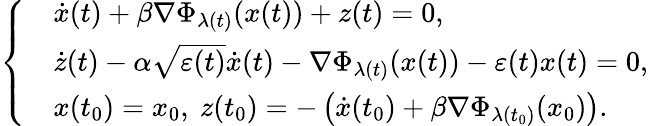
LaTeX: \left\{ \begin{array}{ll}&{\dot{x}(t)+\beta\nabla\Phi_{\lambda(t)}(x(t))+z(t)=0,}\\ &{\dot{z}(t)-\alpha\sqrt{\varepsilon(t)}\dot{x}(t)-\nabla\Phi_{\lambda(t)}(x(t))-\varepsilon(t)x(t)=0,}\\ &{x(t_{0})=x_{0},\ z(t_{0})=-\left(\dot{x}(t_{0})+\beta\nabla\Phi_{\lambda(t_{0})}(x_{0})\right).}\end{array}\right.